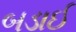
બડાઈ